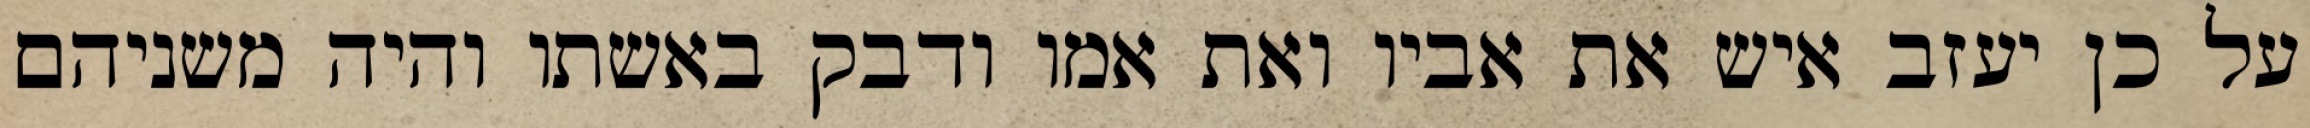
על כן יעזב איש את אביו ואת אמו ודבק באשתו והיה משניהם